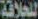
للحلاقة